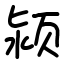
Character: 颍